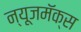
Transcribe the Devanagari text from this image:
न्यूजमॅक्स